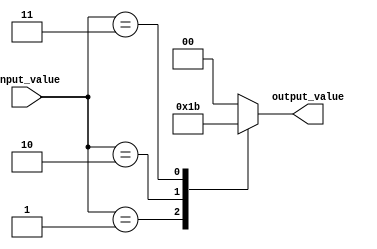
module simple_case_statement (
    input wire [2:0] input_value,
    output reg [1:0] output_value
);

always @* begin
    case (input_value)
        3'b000: output_value = 2'b00;
        3'b001: output_value = 2'b01;
        3'b010: output_value = 2'b10;
        3'b011: output_value = 2'b11;
        default: output_value = 2'b00;
    endcase
end

endmodule